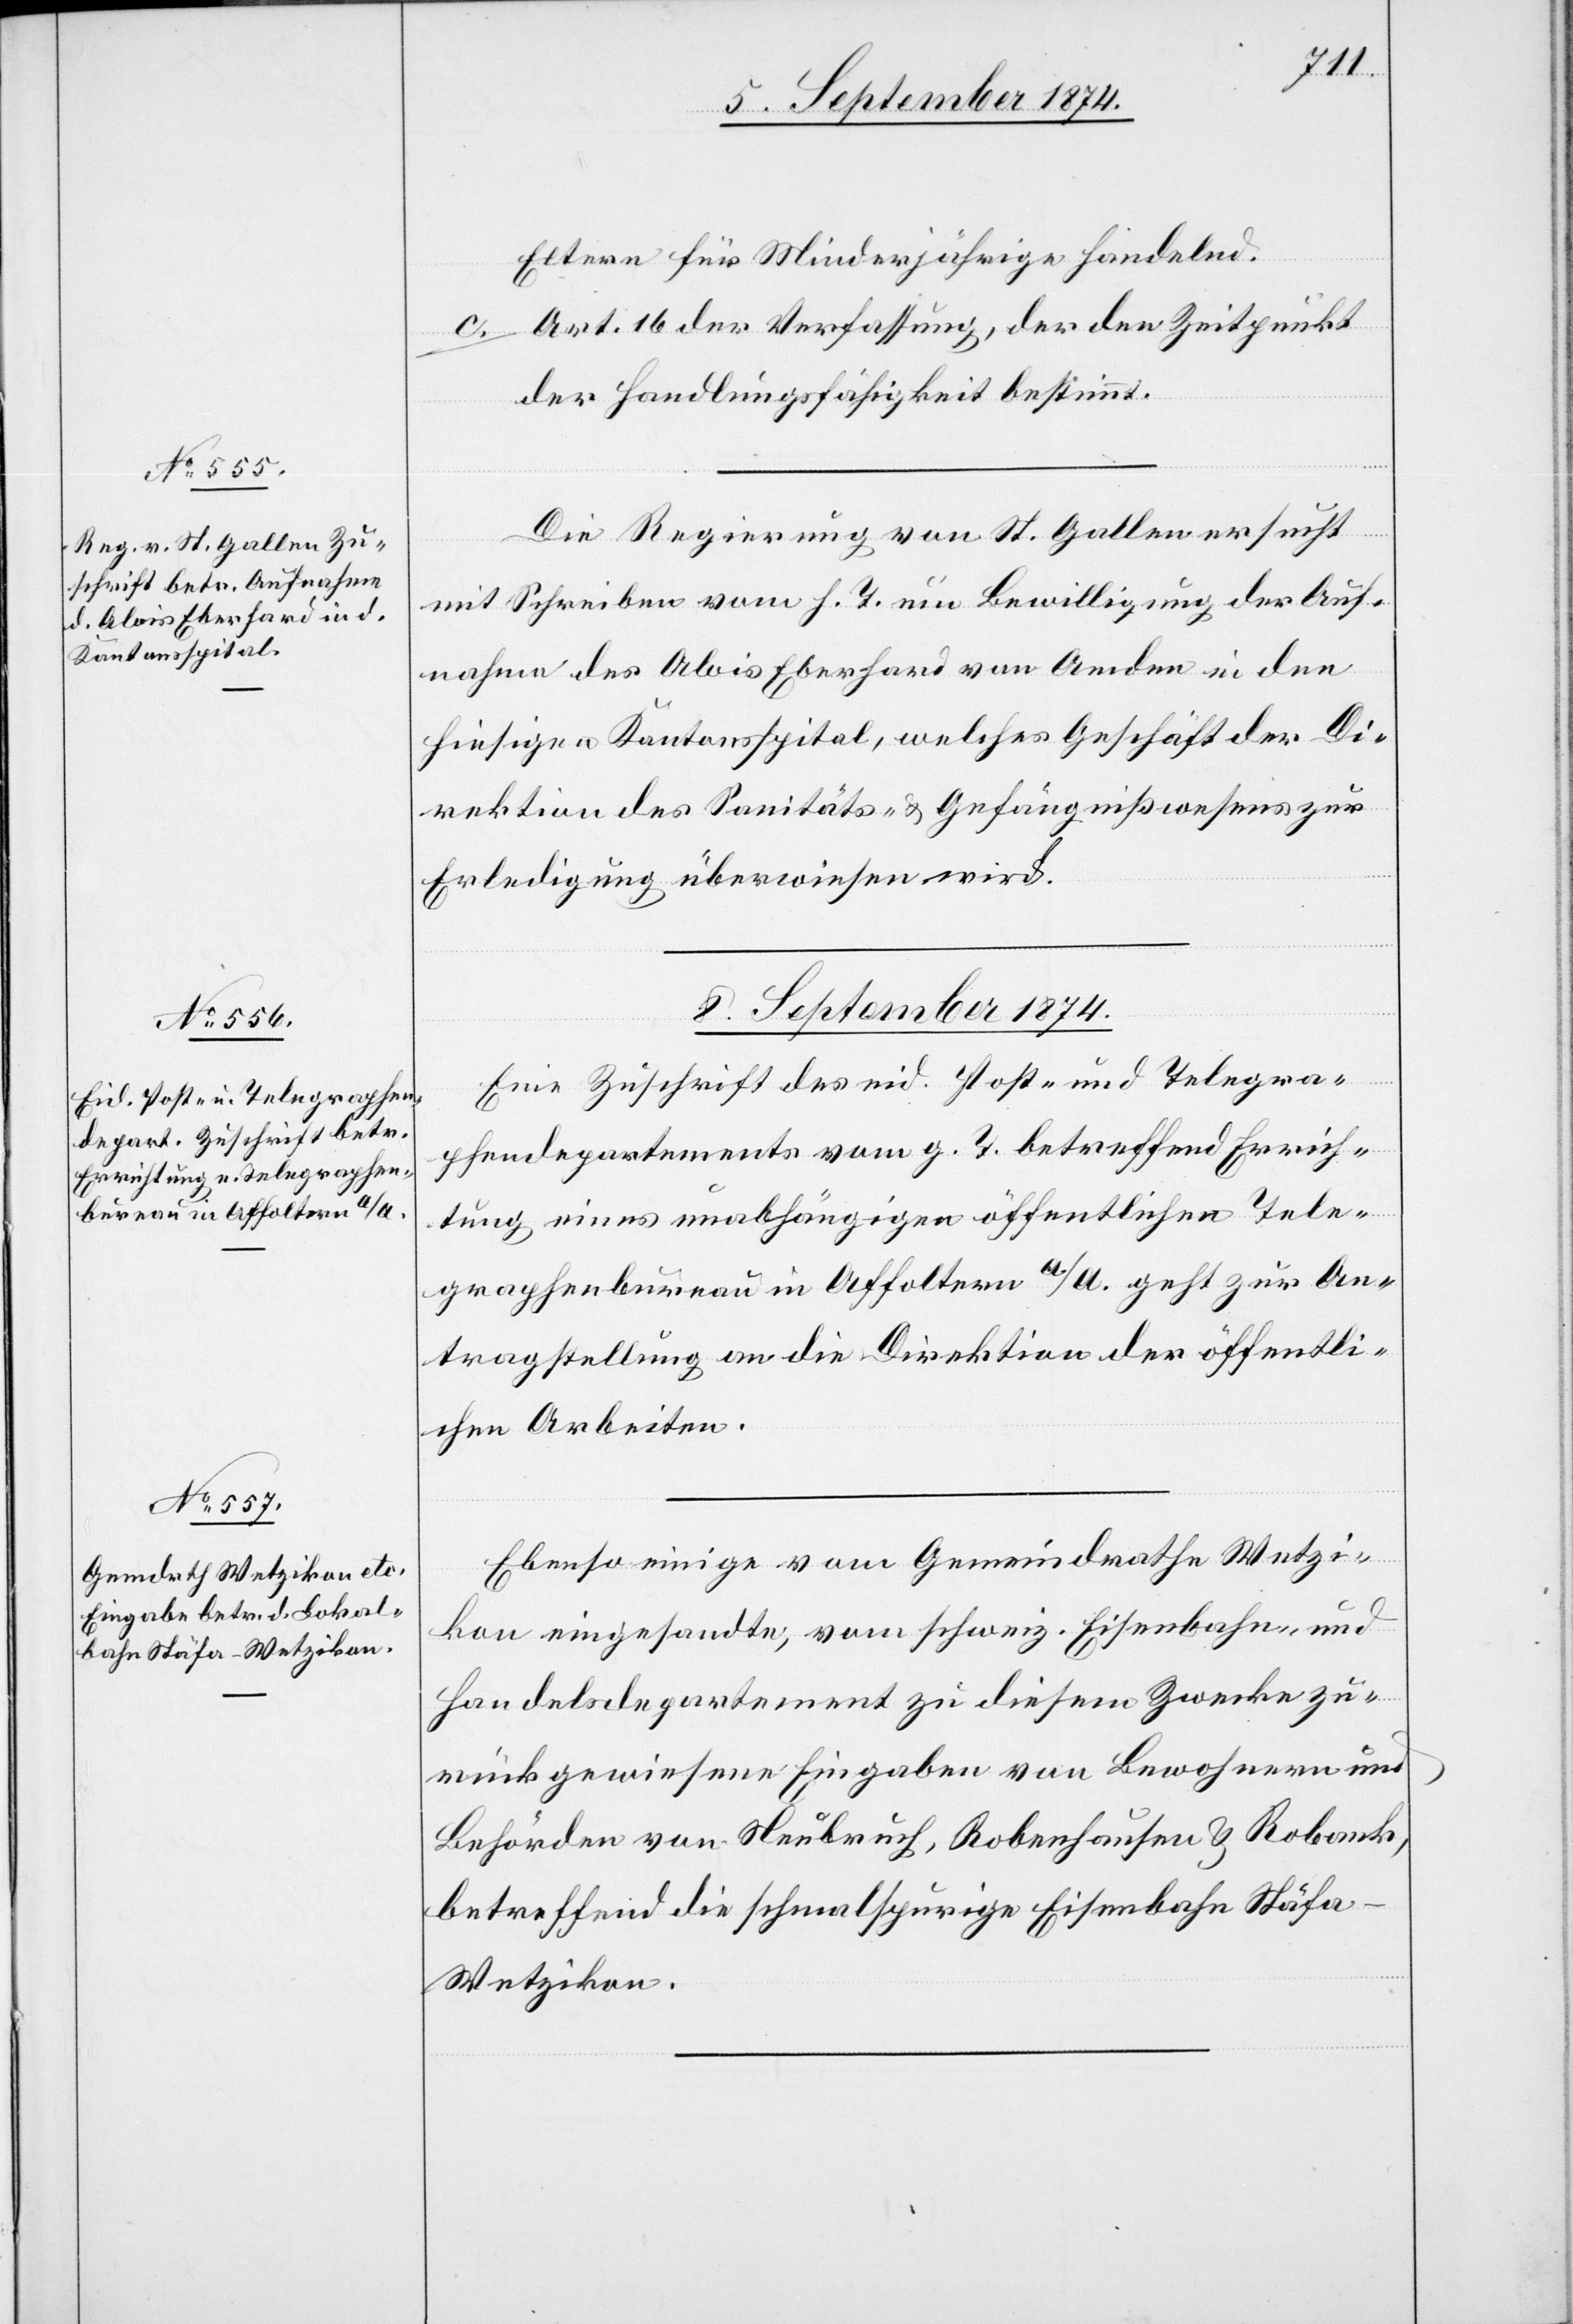
8. September 1874.]
Eltern für Minderjährige handelnd.
Art. 16 der Verfassung, der den Zeitpunkt
der Handlungsfähigkeit bestimmt.
Die Regierung von St. Gallen ersucht
mit Schreiben vom h. T. um Bewilligung der Auf¬
nahme des Alois Eberhard von Amden in den
hiesigen Kantonsspital, welches Geschäft der Di¬
rektion des Sanitäts- u. Gefängnißwesens zur
Erledigung überwiesen wird.
8. September 1874.
Eine Zuschrift des eid. Post- und Telegra¬
phendepartements vom g. T. betreffend Errich¬
tung eines unabhängigen öffentlichen Tele¬
graphenbureau in Affoltern a/A. geht zur An¬
tragstellung an die Direktion der öffentli¬
chen Arbeiten.
Ebenso einige vom Gemeindrathe Wetzi¬
kon eingesandte, vom schweiz. Eisenbahn- und
Handelsdepartement zu diesem Zwecke zu¬
rückgewiesene Eingaben von Bewohnern und
Behörden von Neubruch, Robenhausen & Robanck,
betreffend die schmalspurige Eisenbahn Stäf¬
a–Wetzikon.